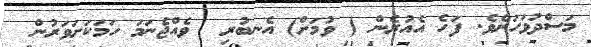
މަސްދުވަހަށެވެ. ފަހެ އެއުރެން ( ވުމަށް) އެނބުރި  ވެއްޖެނަމަ ހަމަކަށަވަރުން